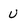
Character: u